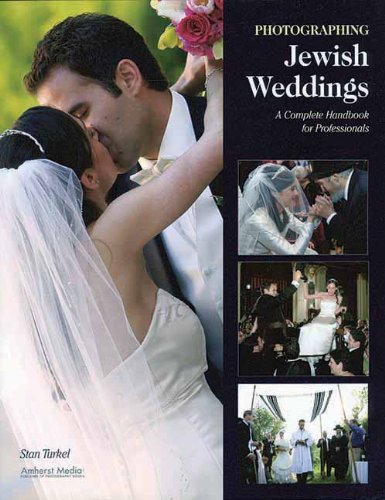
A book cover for Photographing Jewish Weddings: A Complete Handbook for Professionals; Stan Turkel; Crafts, Hobbies & Home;